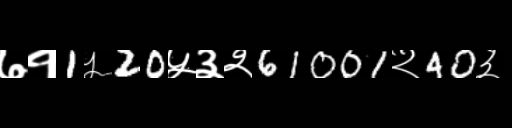
Text: ७१1५20५३२61001२40३